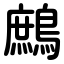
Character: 鷓